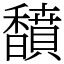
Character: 馩